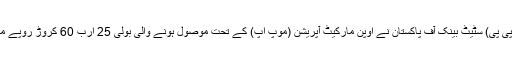
20 مئی (اے پی پی) سٹیٹ بینک آف پاکستان نے اوپن مارکیٹ آپریشن (موپ اپ) کے تحت موصول ہونے والی بولی 25 ارب 60 کروڑ روپے منظور کر لئے۔